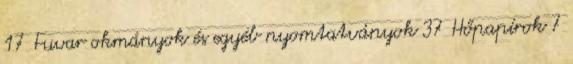
17 Fuvar okmányok és egyéb nyomtatványok 37 Hőpapírok 7